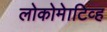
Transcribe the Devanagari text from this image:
लोकोमेाटिव्ह